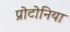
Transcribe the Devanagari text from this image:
प्रोटोनिया